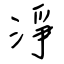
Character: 淨